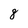
Character: 8